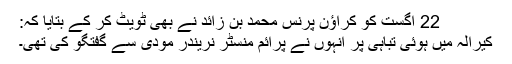
22 اگست کو کراؤن پرنس محمد بن زائد نے بھی ٹویٹ کر کے بتایا کہ:
کیرالہ میں ہوئی تباہی پر انہوں نے پرائم منسٹر نریندر مودی سے گفتگو کی تھی۔